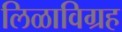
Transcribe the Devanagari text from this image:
लिळाविग्रह